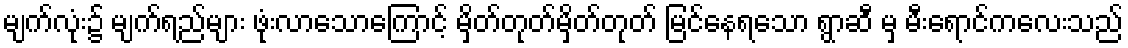
မျက်လုံး၌ မျက်ရည်များ ဖုံးလာသောကြောင့် မှိတ်တုတ်မှိတ်တုတ် မြင်နေရသော ရွာဆီ မှ မီးရောင်ကလေးသည်